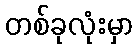
တစ်ခုလုံးမှာ